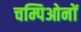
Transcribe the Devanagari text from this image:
चम्पिओनों